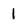
Character: 1